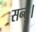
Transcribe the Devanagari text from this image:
सन्तु।